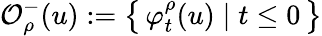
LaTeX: \mathcal{O}_{\rho}^{-}(u):=\left\{ \, \varphi_{t}^{\rho}(u)\; \vert\; t\leq 0\, \right\}